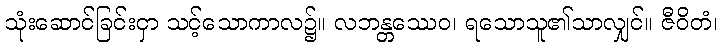
သုံးဆောင်ခြင်းငှာ သင့်သောကာလ၌။ လဘန္တဿေဝ၊ ရသောသူ၏သာလျှင်။ ဇီဝိတံ၊